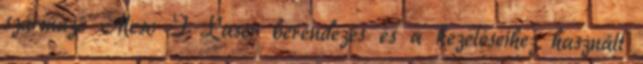
származó Meso I Laser berendezés és a kezeléseihez használt